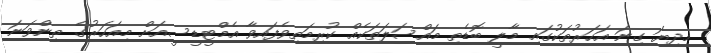
މިދިޔަ ގިނަ އަހަރުތަކުގައި މާލީ ބޮޑެތި މައްސަލަތަކެއް ކުރިމަތިވެފައިވާ އެމްޓީޑީސީއަށް މިއަހަރުގެ ތިންވަނަ